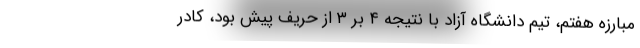
مبارزه هفتم، تیم دانشگاه آزاد با نتیجه ۴ بر ۳ از حریف پیش بود، کادر